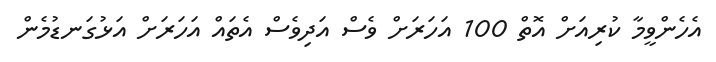
އެހެންވީމާ ކުރިއަށް އޮތް 100 އަހަރަށް ވެސް އަދިވެސް އެތައް އަހަރަށް އަޅުގަނޑުމެން